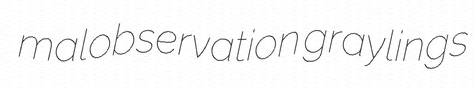
malobservation graylings